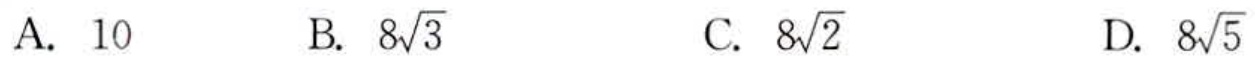
A. \(10\)  B. \(8\sqrt{3}\)  C. \(8\sqrt{2}\)  D. \(8\sqrt{5}\)